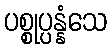
ပစ္စုပ္ပန္နံသေ